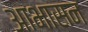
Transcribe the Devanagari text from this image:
आभासन